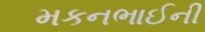
મકનભાઈની